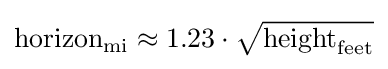
\mathrm {horizon} _{\mathrm {mi} }\approx 1.23\cdot {\sqrt {\mathrm {height} _{\mathrm {feet} }}}